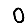
Digit: 0